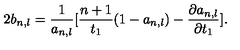
2 b _ { n , l } = \frac { 1 } { a _ { n , l } } [ \frac { n + 1 } { t _ { 1 } } ( 1 - a _ { n , l } ) - \frac { \partial a _ { n , l } } { \partial t _ { 1 } } ] .